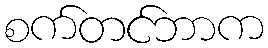
စက်တင်ဘာက